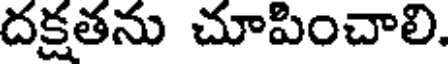
దక్షతను చూపించాలి.